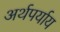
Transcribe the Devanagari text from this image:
अर्थपर्याय